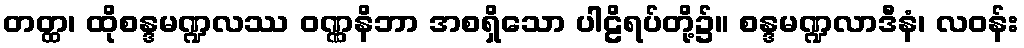
တတ္ထ၊ ထိုစန္ဒမဏ္ဍလဿ ဝဏ္ဏနိဘာ အစရှိသော ပါဠိရပ်တို့၌။ စန္ဒမဏ္ဍလာဒီနံ၊ လဝန်း